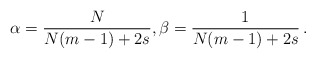
\begin{align*}\alpha=\frac{N}{N(m-1)+2s}, \beta=\frac{1}{N(m-1)+2s}\,.\end{align*}